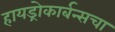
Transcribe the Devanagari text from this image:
हायड्रोकार्बन्सचा